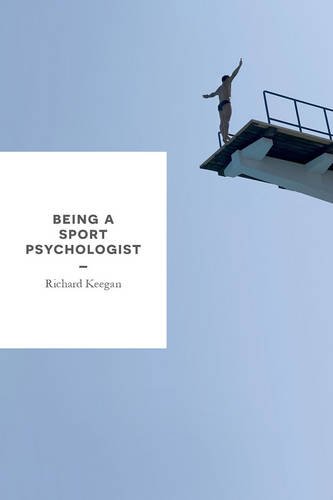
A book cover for Being a Sport Psychologist; Richard Keegan; Education & Teaching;